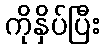
ကိုနှိပ်ပြီး